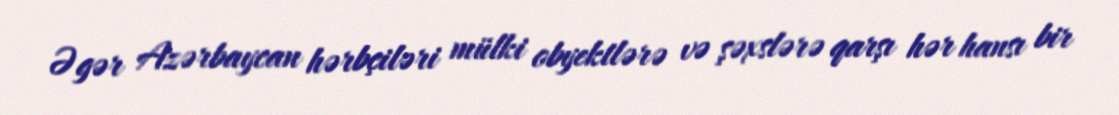
Əgər Azərbaycan hərbçiləri mülki obyektlərə və şəxslərə qarşı hər hansı bir